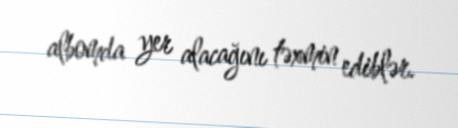
albomda yer alacağını təxmin ediblər.